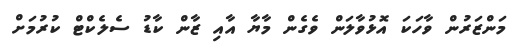
މަންޒަރުން ވާހަކަ އޮޅުވާލަން ވެގެން މާޔާ އާއި ޒާން ކާޑު ސެލެކްޓް ކުރުމަށް